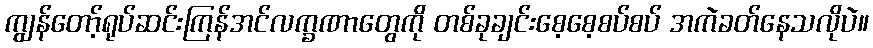
ကျွန်တော့်ရုပ်ဆင်းကြန်အင်လက္ခဏာတွေကို တစ်ခုချင်းစေ့စေ့စပ်စပ် အကဲခတ်နေသလိုပဲ။